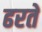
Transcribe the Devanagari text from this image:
ढरते